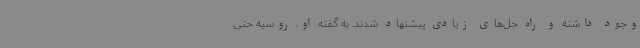
وجود داشته و راه حل‌های زیادی پیشنهاد شدند. به گفته او، روسیه حتی